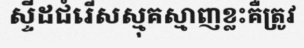
ស្ទីដជំរើសស្មុគស្មាញខ្លះគឺត្រូវ